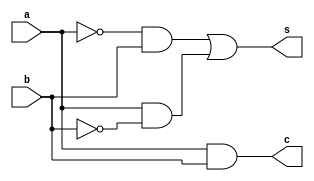
/******************
* Half Adder      *
* Structural      *
* Specification 1 *
*******************/

module HalfAdd_Behavioral1 (
    a, b, c, s
);
input a,b;
output c,s;
assign s=(~a&b)|(a&~b);
assign c=a&b;

endmodule